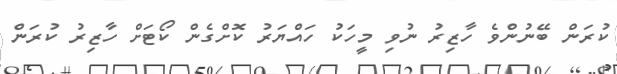
ކުރަން ބޭނުންވެ ހާޒިރު ނުވި މީހަކު ހައްޔަރު ކޮށްގެން ކޯޓަށް ހާޒިރު ކުރަން